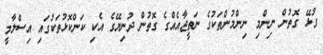
ގުޅޭ ގޮތުން ނިންމި ނިންމުންތަކުގެ ނަތީޖާއެއްގެ ގޮތުން ދުނިޔޭގެ އެކި ކަންކޮޅުތަކުގައި އިސްލާމީ